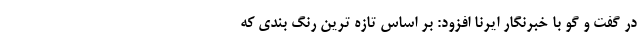
در گفت و گو با خبرنگار ایرنا افزود: بر اساس تازه ترین رنگ بندی که